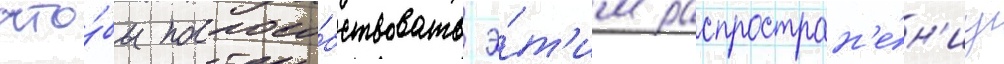
что́бы поспосо́бствовать э́т'им распростран'е́н'иу